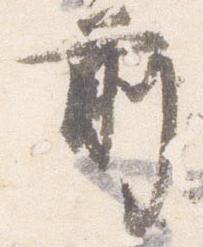
前